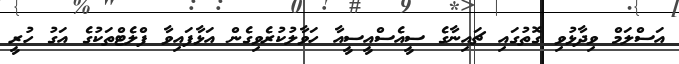
އަސްލަމް ވިދާޅުވި ގޮތުގައި ޗައިނާގެ ސީއެސްއީސީއާ ހަވާލުކުރެވިގެން އަޅާފައިވާ ފްލެޓްތަކުގެ އަގު ހުރީ